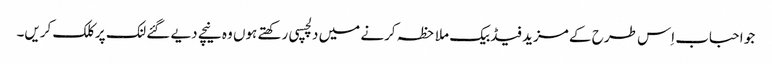
جو احباب اِس طرح کے مزید فیڈبیک ملاحظہ کرنے میں دلچسپی رکھتے ہوں وہ نیچے دیے گئے لنک پر کلک کریں۔